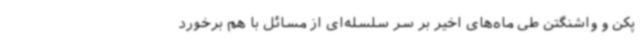
پکن و واشنگتن طی ماه‌های اخیر بر سر سلسله‌ای از مسائل با هم برخورد